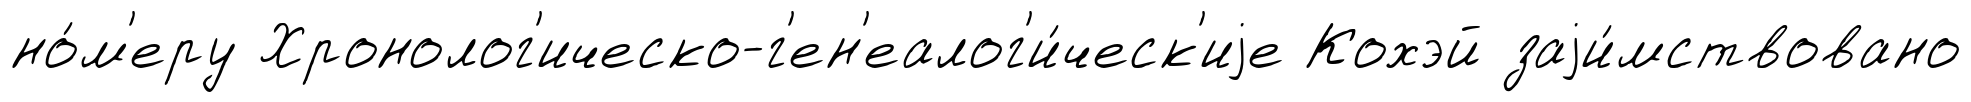
но́м'еру Хронолог'ическо-г'ен'еалог'и́ческ'иjе Кохэй заjи́мствовано